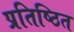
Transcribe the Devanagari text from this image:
प्रतिष्ठित